Lunatic asylums Bombay report 1891-1903 - 1891-1903
Year: 1891
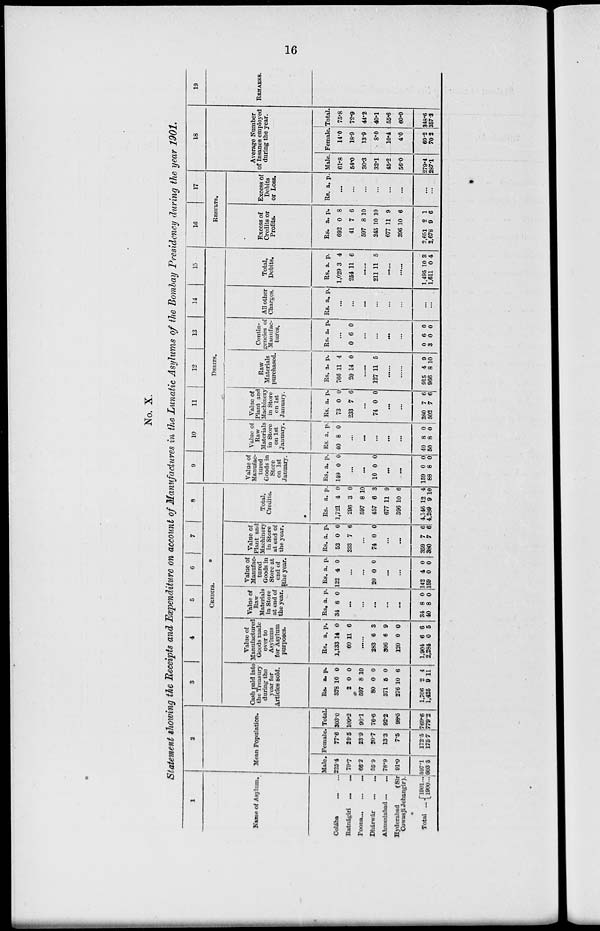
16
No. X.
Statement showing the Receipts and Expenditure on account of Manufactures in the Lunatic Asylums of the Bombay Presidency during the year 1901.
1
Name of Asylum.
Colába ... ...
Ratnágiri ...
...
Poona ... ... ...
Dhárwár
...
...
Ahmedabad ...
...
Hyderabad
(Sir
Cowasji Jehangir).
Total
... l901....
1900...
2
Mean Population.
Male.
225.4
79.7
66.2
55.9
78.9
91.0
597.1
303 5
Female.
77.6
29.5
23.9
20.7
13.3
7.5
172.5
175.7
Total.
303.0
109.2
90.1
76.6
92.2
98.5
769.6
779.2
3
4
5
6
7
8
CREDITS.
Cash paid into
the Treasury
during the
year for
Articles sold.
Rs.
378
2
597
80
371
276
1,706
1,425
a.
10
0
8
0
6
10
2
9
p.
0
0
10
0
0
6
4
41
Value of
Manufactured
Goods made
over to
Asylums
for Asylum
purposes.
Rs.
1,133
60
a.
14
11
p.
0
6
......
283
306
120
1,904
2,284
6
6
0
6
0
3
9
0
6
5
Value of
Raw
Materials
in Store
at end of
the year.
Rs.
34
a.
8
p.
0
...
...
...
...
...
34
40
8
8
0
0
Value of
Manufac-
tured
Goods in
Store at
end of
the year.
Rs.
122
a.
4
p.
0
...
...
20 0 0
...
...
142
159
4
0
0
0
Value of
Plant and
Machinery
in Store
at end of
the year.
Rs.
52
233
a.
0
7
p.
0
6
...
74 0 0
...
...
359
380
7
7
6
6
Total,
Credits.
Rs.
1,721
296
597
457
677
396
4,146
4,289
a.
4
3
8
6
11
10
12
9 1
p.
0
0
10
3
9
6
4
0
9
10
11
12
13
14
15
DEBITS.
Value of
Manufac-
tured
Goods in
Store
on 1st
January.
Rs.
149
a.
0
p.
0
...
...
10 0 0
...
...
159
88
0
8
0
0
Value of
Raw
Materials
in Store
on 1st
January.
Rs.
40
a.
8
p.
0
...
...
...
...
...
40
50
8
8
0
0
Value of
Plant and
Machinery
in Store
on 1st
January.
Rs.
73
233
a.
0
7
p.
0
6
...
74 0 0
...
...
380
502
7
7
6
6
Raw
Materials
purchased.
Rs.
766
20
a.
11
14
p.
4
0
127 11 5
......
915
966
4
8
9
10
Contin-
gencies of
Manufac-
tures.
Rs. a. p.
...
0 6 0
...
...
...
...
0
3
6
0
0
0
All other
Charges.
Rs. a. p.
...
...
...
...
...
...
...
...
Total,
Debits.
Rs.
1,029
254
a.
3
11
p.
4
6
......
211 11 5
......
......
1,495
1,611
10
0
3
4
16
17
RESULTS.
Excess of
Credits or
Profits.
Rs.
692
41
597
245
677
396
2,651
2,678
a.
0
7
8
10
11
10
2
9
p.
8
6
10
10
9
6
1
6
Excess of
Debits
or Loss.
Rs. a. p.
...
...
...
...
...
...
...
...
18
Average Number
of Insanes employed
during the year.
Male.
61.8
54.0
30.3
32.1
45.2
56.0
279.4
287.1
Female.
14.0
18.9
13.9
8.0
10.4
4.0
69.2
70.2
Total.
75.8
72.9
44.2
40.1
55.6
60.0
348.6
357.3
19
REMARKS.